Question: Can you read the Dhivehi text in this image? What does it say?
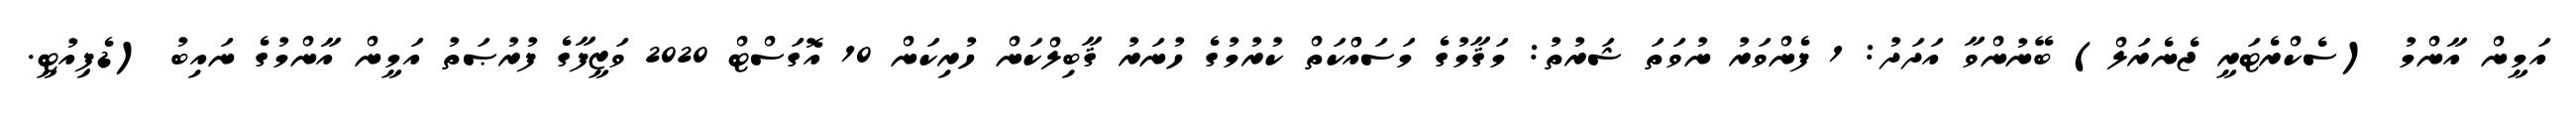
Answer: އަމީން އާންމު (ސެކްރެޓަރީ ޖެނެރަލް) ބޭނުންވާ އަދަދު: 1 ފެންވަރު ނުވަތަ ޝަރުތު: މަޤާމުގެ މަސައްކަތް ކުރުމުގެ ހުނަރު ޤާބިލްކަން ހުރިކަން 10 އޮގަސްޓް 2020 ވަޒީފާގެ ފުރުޞަތު އަމީން އާންމުގެ ނައިބު (ޑެޕިއުޓީ.